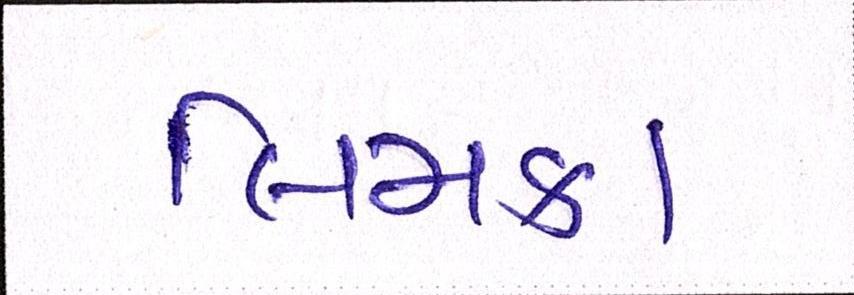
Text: લિમકા